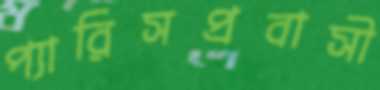
প্যারিসপ্রবাসী